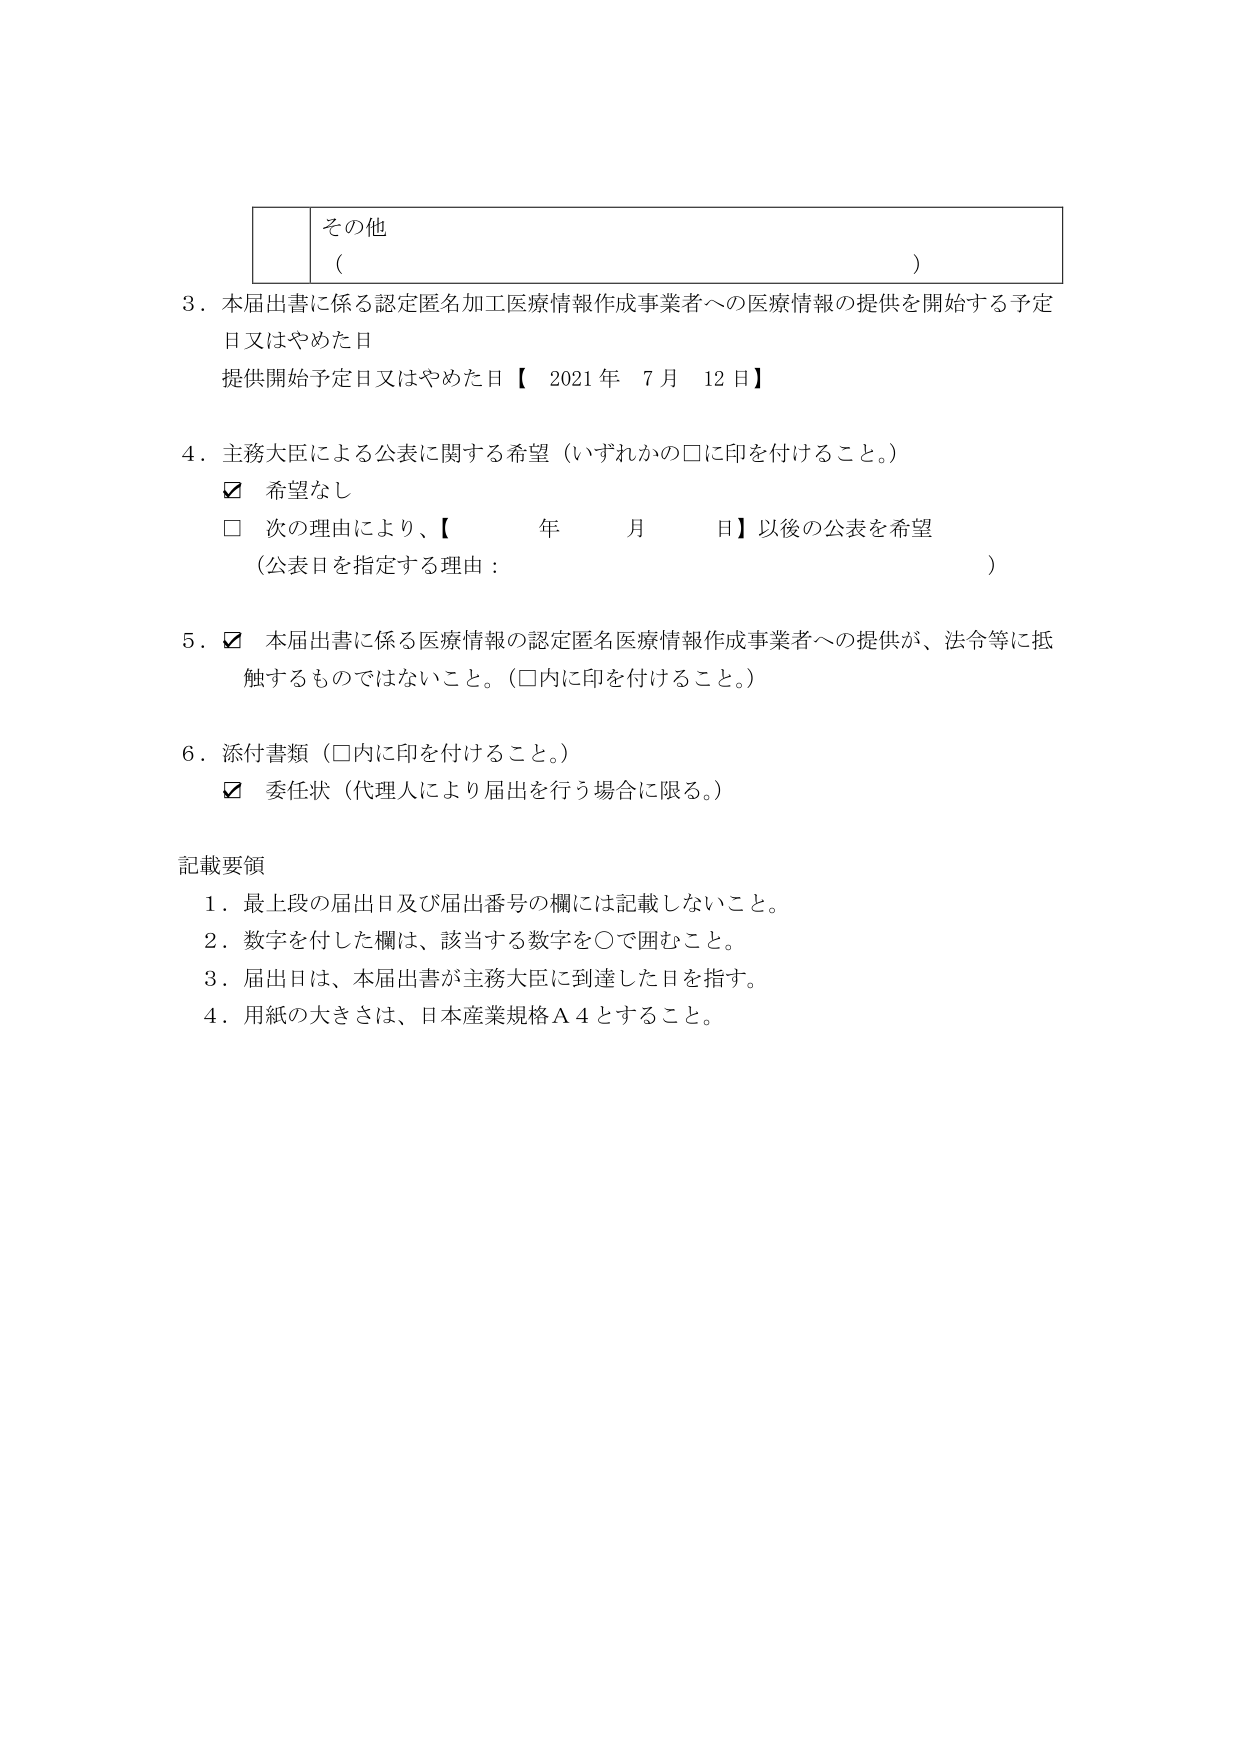
その他
（ ）

3．本届出書に係る認定匿名加工医療情報作成事業者への医療情報の提供を開始する予定日又はやめた日
提供開始予定日又はやめた日【 2021年 7月 12日】

4．主務大臣による公表に関する希望（いずれかの□に印を付けること。）
☑ 希望なし
□ 次の理由により、【 年 月 日】以後の公表を希望
（公表日を指定する理由： ）

5．☑ 本届出書に係る医療情報の認定匿名医療情報作成事業者への提供が、法令等に抵触するものではないこと。（□内に印を付けること。）

6．添付書類（□内に印を付けること。）
☑ 委任状（代理人により届出を行う場合に限る。）

記載要領
1．最上段の届出日及び届出番号の欄には記載しないこと。
2．数字を付した欄は、該当する数字を○で囲むこと。
3．届出日は、本届出書が主務大臣に到達した日を指す。
4．用紙の大きさは、日本産業規格Ａ４とすること。